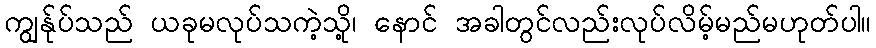
ကျွန်ုပ်သည် ယခုမလုပ်သကဲ့သို့၊ နောင် အခါတွင်လည်းလုပ်လိမ့်မည်မဟုတ်ပါ။